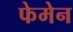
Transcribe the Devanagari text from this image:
फेमेन